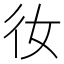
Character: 𫹌